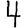
Digit: 4